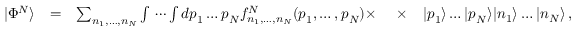
\begin{array} { r l r l r } { | \Phi ^ { N } \rangle } & { = } & { \sum _ { n _ { 1 } , \dots , n _ { N } } \int \, \cdots \int d \boldsymbol { p } _ { 1 } \dots \boldsymbol { p } _ { N } f _ { n _ { 1 } , \dots , n _ { N } } ^ { N } ( \boldsymbol { p } _ { 1 } , \dots , \boldsymbol { p } _ { N } ) \times \ } & { \times } & { | \boldsymbol { p } _ { 1 } \rangle \dots | \boldsymbol { p } _ { N } \rangle | n _ { 1 } \rangle \dots | n _ { N } \rangle \, , } \end{array}